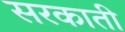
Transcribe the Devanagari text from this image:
सरकाती